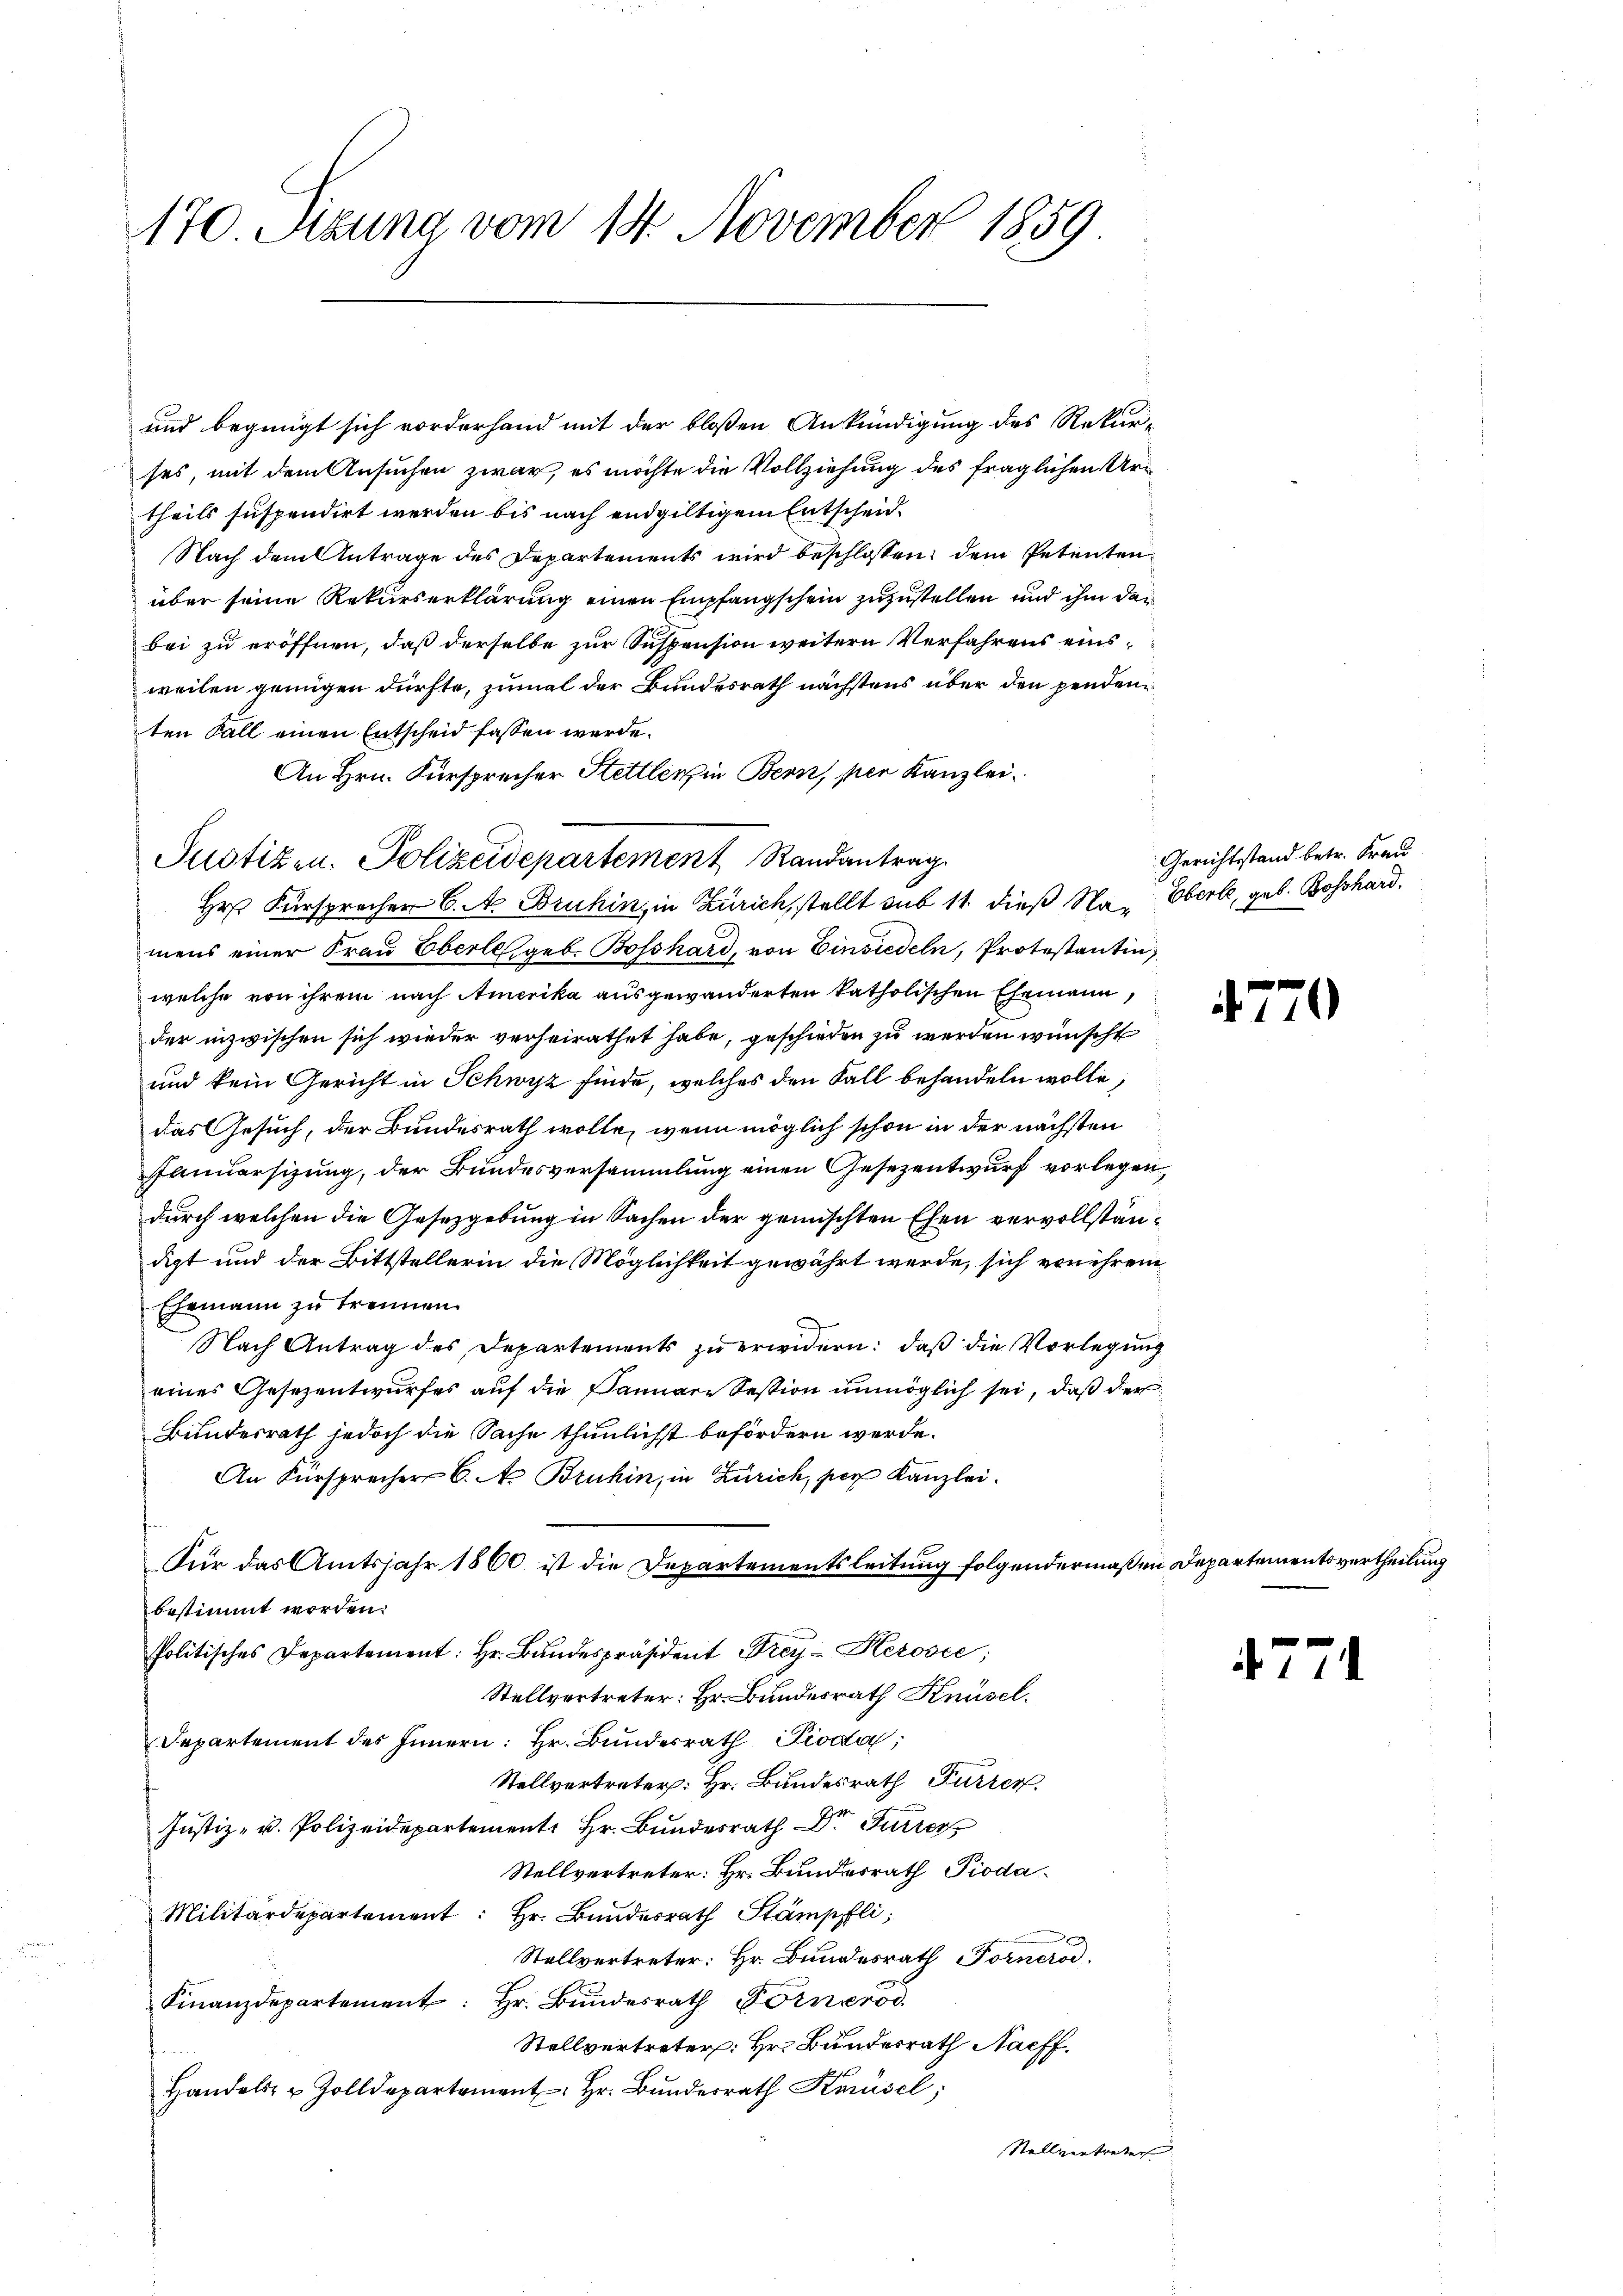
170 Szung vom 14. November 1859.

und begnügt sich vorderhand mit der bloßen Ankündigung des Rekur-
ses, mit dem Ansuchen zwar, es möchte die Vollziehung des fraglichen Urtheils suspendirt werden bis nach endgültigem Entscheid¬
Nach dem Antrage des Departements wird beschlossen dem Petentenüber seine Rekurserklärung einen Empfangschein zuzustellen und ihm der
bei zu eröffnen, daß derselbe zur Suspension weitern Verfahrens einsweilen genügen dürfte, zumal der Bundesrath nächstens über den pendenten Fall einen Entscheid fassen werde.
An Hrn. Fürsprecher Hettlerin Bern, per Kanzlei
Hr. Fürsprecher C. A. Bruhin, in Zürich, stellt sub 11. dieß Na, Oberle, geb. Bosshard.
mens einer Frau Eberle, geb. Bosshard, von Einsiedeln, Protestantin,
welche von ihrem nach Amerika ausgewanderten katholischen Ehemann,
der inzwischen sich wieder verheirathet habe, geschieden zu werden wünscht
und kein Gericht in Schwyz finde, welches den Fall behandeln wolle,
das Gesuch, der Bundesrath wolle, wenn möglich schon in der nächsten
Flnuersizung, der Bundesversammlung einen Gesezentwurf vorlegen,
durch welchen die Gesetzgebung in Sachen der gemischten Ehen vervollständigt und der Bittstellerin die Möglichkeit gewährt werde, sich von ihrem
Ehemann zu trennen.
Nach Antrag des Departements zŭ erwidern: daβ die Vorlegŭng
eines Gesezentwurfes auf die Januare Session unmöglich sei, daß der
Bundesrath jedoch die Sache thunlichst befördern werde.
An Fürsprecher C. A. Bruhin, in Zürich, per Kanzlei.
Für das Amtsjahr 1860 ist die Departementsleitung folgendermaßen Departementsvertheilung
bestimmt worden.
Politisches Departement: Hr. Bundespräsident Frey-Kerovée;
Stellvertreter: Hr. Bundesrath Knüsel.
Departement des Innern: Hr. Bundesrath Pioda,
Stellvertreter: Hr. Bundesrath Furrer
Justiz- u. Polizeidepartement. Hr. Bundesrath Dr Furre
Stellvertreter: Hr. Bundesrath Pioda
Militärdepartement: Hr. Bundesrath Stämpfli
Stellvertreter: Hr. Bundesrath Fornerod.
Finanzdepartement: Hr. Bundesrath Vorner
Stellvertreter: Hr. Bundesrath Nachf
Handels- u Zolldepartement. Hr. Bŭndesrath Knüsel;
Stellvertreten |

Justizen. Polizeidepartement Randantrag

Gerichtsstand betr. Frau

7

)

4771